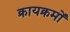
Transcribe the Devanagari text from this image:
क्रायक्रमों